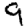
Digit: 9